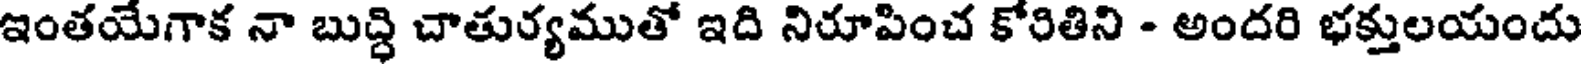
ఇంతయేగాక నా బుద్ధి చాతుర్యముతో ఇది నిరూపించ కోరితిని - అందరి భక్తులయందు